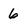
Character: 6